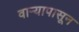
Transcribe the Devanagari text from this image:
वार्‍यापासून